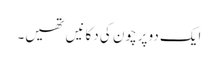
ایک دو پرچون کی دکانیں تھیں۔